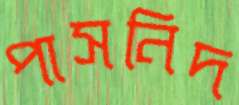
পাসনিদ